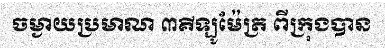
ចម្ងាយប្រមាណ ៣គីឡូម៉ែត្រ ពីក្រុងបាន